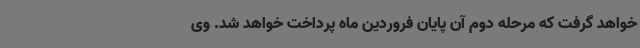
خواهد گرفت که مرحله دوم آن پایان فروردین ماه پرداخت خواهد شد. وی